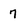
Character: 7